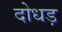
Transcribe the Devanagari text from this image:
दोधड़